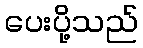
ပေးပို့သည်